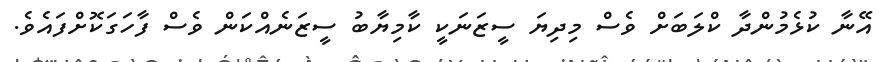
އޭނާ ކުޅެމުންދާ ކްލަބަށް ވެސް މިދިޔަ ސީޒަނަކީ ކާމިޔާބު ސީޒަނެއްކަން ވެސް ފާހަގަކޮށްފައެވެ.